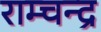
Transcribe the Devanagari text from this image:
राम्चन्द्र